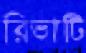
রিভাটি